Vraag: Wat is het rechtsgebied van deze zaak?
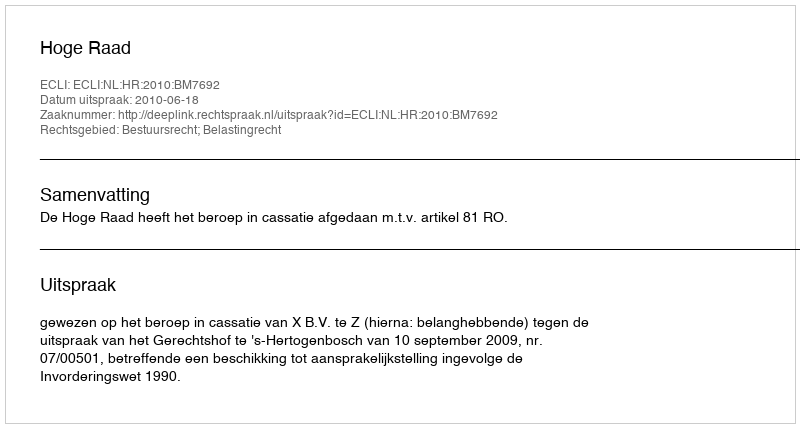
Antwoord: Bestuursrecht; Belastingrecht